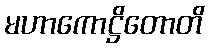
မဟာကောဋ္ဌိတောတိ